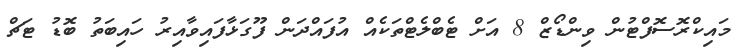
މައިކްރޮސޮފްޓުން ވިންޑޯޒް 8 އަށް ޓެބްލެޓްތަކެއް އުފައްދަން ފޫގަޅާފައިވާއިރު ހައިބަތު ބޮޑު ޓަޗް